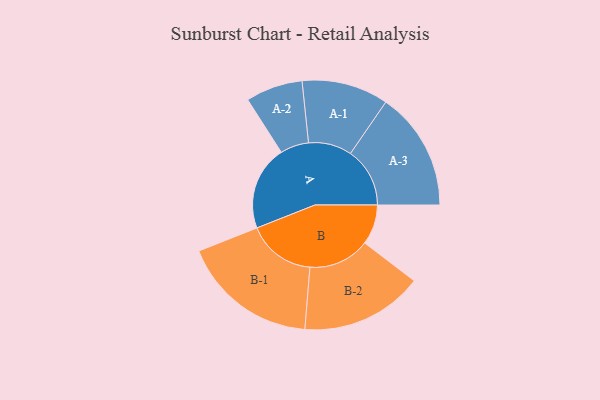
{"axis": {"x": "Segment", "y": "Value"}, "legend": ["", "A", "B"], "data": [{"x": "A", "y": 353, "type": ""}, {"x": "B", "y": 167, "type": ""}, {"x": "A-1", "y": 181, "type": "A"}, {"x": "A-2", "y": 119, "type": "A"}, {"x": "A-3", "y": 248, "type": "A"}, {"x": "B-1", "y": 285, "type": "B"}, {"x": "B-2", "y": 256, "type": "B"}]}